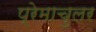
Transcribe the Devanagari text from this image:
प्रेमाचुलर